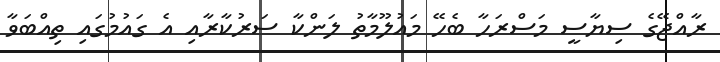
ރާއްޖޭގެ ސިޔާސީ މަސްރަހާ ބެހޭ މައުލޫމާތު ލަންކާ ސަރުކާރާއި އެ ގައުމުގައި ތިއްބަވާ